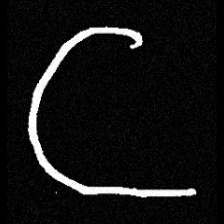
Pyu character \u2014 Myanmar letter: ဋ (romanized: tta)